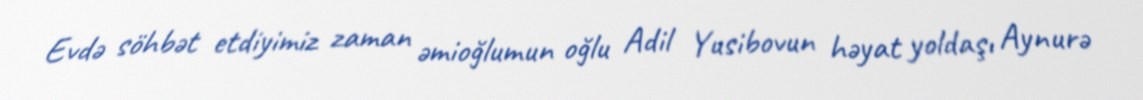
Evdə söhbət etdiyimiz zaman əmioğlumun oğlu Adil Yusibovun həyat yoldaşı Aynurə